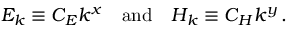
E _ { k } \equiv C _ { E } k ^ { x } \quad \mathrm { a n d } \quad H _ { k } \equiv C _ { H } k ^ { y } \, .